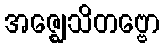
အဇ္ဈေသိတဗ္ဗော